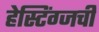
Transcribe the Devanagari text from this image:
हेस्टिंग्जची